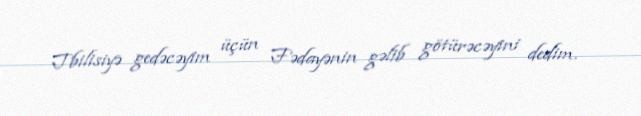
Tbilisiyə gedəcəyim üçün Fədayənin gəlib götürəcəyini dedim.